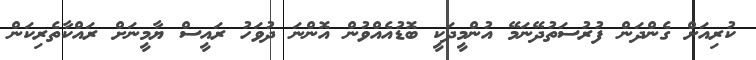
ކުރިއަށް ގެންދަން ފުރުސަތުދޭނަމޭ އުންމީދަކީ ބޮޑުއެއްވުން އޮންނަ ދުވަހު ރައީސް ޔާމީނަށް ރައްކާތެރިކަން